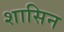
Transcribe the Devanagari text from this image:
शासिन